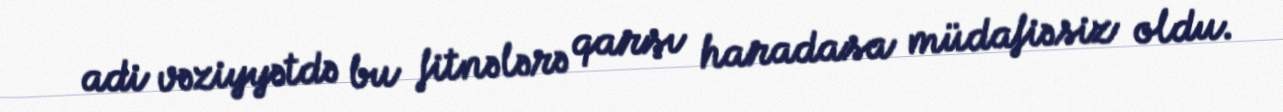
adi vəziyyətdə bu fitnələrə qarşı haradasa müdafiəsiz oldu.